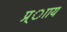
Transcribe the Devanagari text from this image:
प्र्ााय